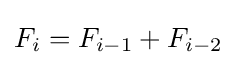
F_{i}=F_{i-1}+F_{i-2}